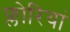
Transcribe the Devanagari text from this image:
फ्लोरियां